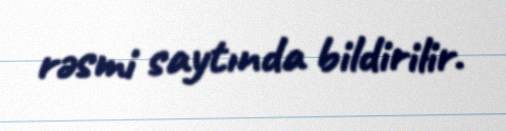
rəsmi saytında bildirilir.